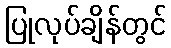
ပြုလုပ်ချိန်တွင်